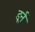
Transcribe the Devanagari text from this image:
डूर्न